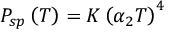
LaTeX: { \cal P } _ { s p } \left( T \right) = { \cal K } \left( \alpha _ { 2 } T \right) ^ { 4 }